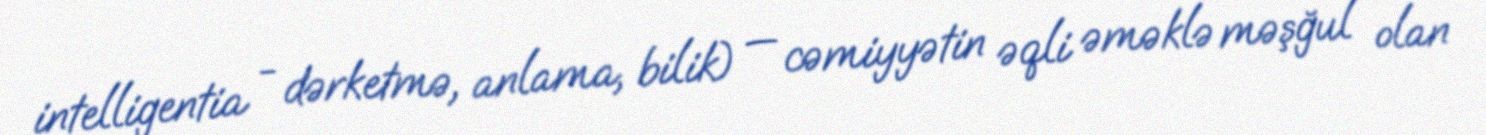
intelligentia - dərketmə, anlama, bilik) — cəmiyyətin əqli əməklə məşğul olan